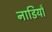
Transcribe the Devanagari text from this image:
नाडियाँ